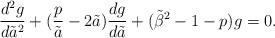
LaTeX: \begin{align*}{d^2g\over d{\tilde a}^2} + ({p\over \tilde a} -2 \tilde a){dg\over d\tilde a} + ({\tilde \beta}^2 -1 -p )g = 0.\end{align*}